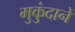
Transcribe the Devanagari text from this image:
मुकुंदानें